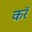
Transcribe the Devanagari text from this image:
करॅ